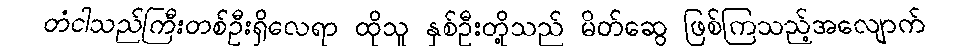
တံငါသည်ကြီးတစ်ဦးရှိလေရာ ထိုသူ နှစ်ဦးတို့သည် မိတ်ဆွေ ဖြစ်ကြသည့်အလျောက်